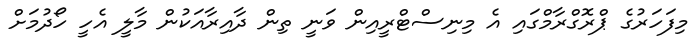
މިފަހަރުގެ ޕްރޮގްރާމްގައި އެ މިނިސްޓްރީއިން ވަނީ ތިން ދާއިރާއަކުން މާލީ އެހީ ހޯދުމަށް